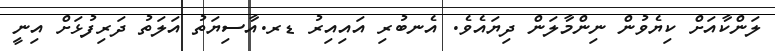
ލަންކާއަށް ކިޔެވުން ނިންމާލަން ދިޔައެވެ. އެނބުރި އައިއިރު ޑރ.އާސިޔަތު އަލަތު ދަރިފުޅަށް އިނީ